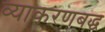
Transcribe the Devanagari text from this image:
व्याकरणबद्ध